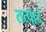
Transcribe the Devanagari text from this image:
तत्पादं